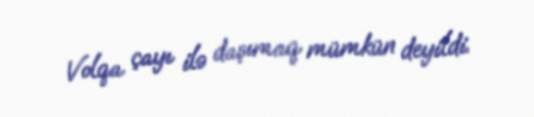
Volqa çayı ilə daşımaq mümkün deyildi.